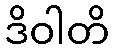
ဒိဝါတိ